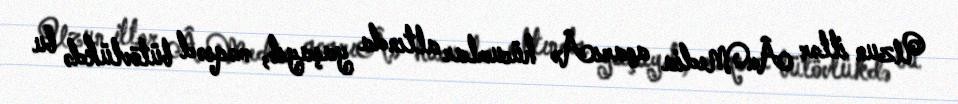
Uzun illər Â«Media açarıÂ» hücumlar altında yaşayıb, məqsəd bütövlükdə bu